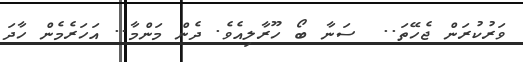
ވަރުކުރަން ޖެހޭތަ..  ސަނާ ބޯ ހޫރާލިއެވެ. ދެން މަންމާ.. އަހަރެމެން ހާދަ